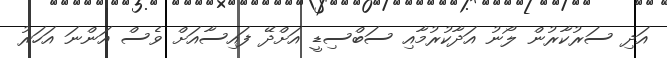
އަދި ސަރުކާރުން ލޯނު އަދާކުރުމާއި ސަބްސިޑީ އަށްދޭ ފައިސާއަށް ވެސް އަންނަ އަހަރު